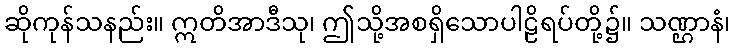
ဆိုကုန်သနည်း။ ဣတိအာဒီသု၊ ဤသို့အစရှိသောပါဠိရပ်တို့၌။ သဏ္ဌာနံ၊